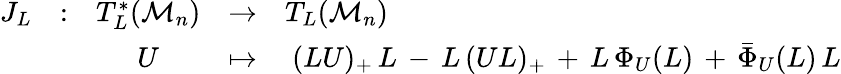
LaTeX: \begin{array}{llccl}{{J_{L}}}&{{:}}&{{T_{L}^{*}({\cal M}_{n})}}&{{\rightarrow}}&{{T_{L}({\cal M}_{n})}}\\ {{}}&{{}}&{{U}}&{{\mapsto}}&{{\ (LU)_{+}\, L\, -\, L\, (UL)_{+}\, +\, L\, \Phi_{U}(L)\, +\, \bar{\Phi}_{U}(L)\, L}}\end{array}